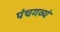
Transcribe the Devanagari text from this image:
पंचगव्यं